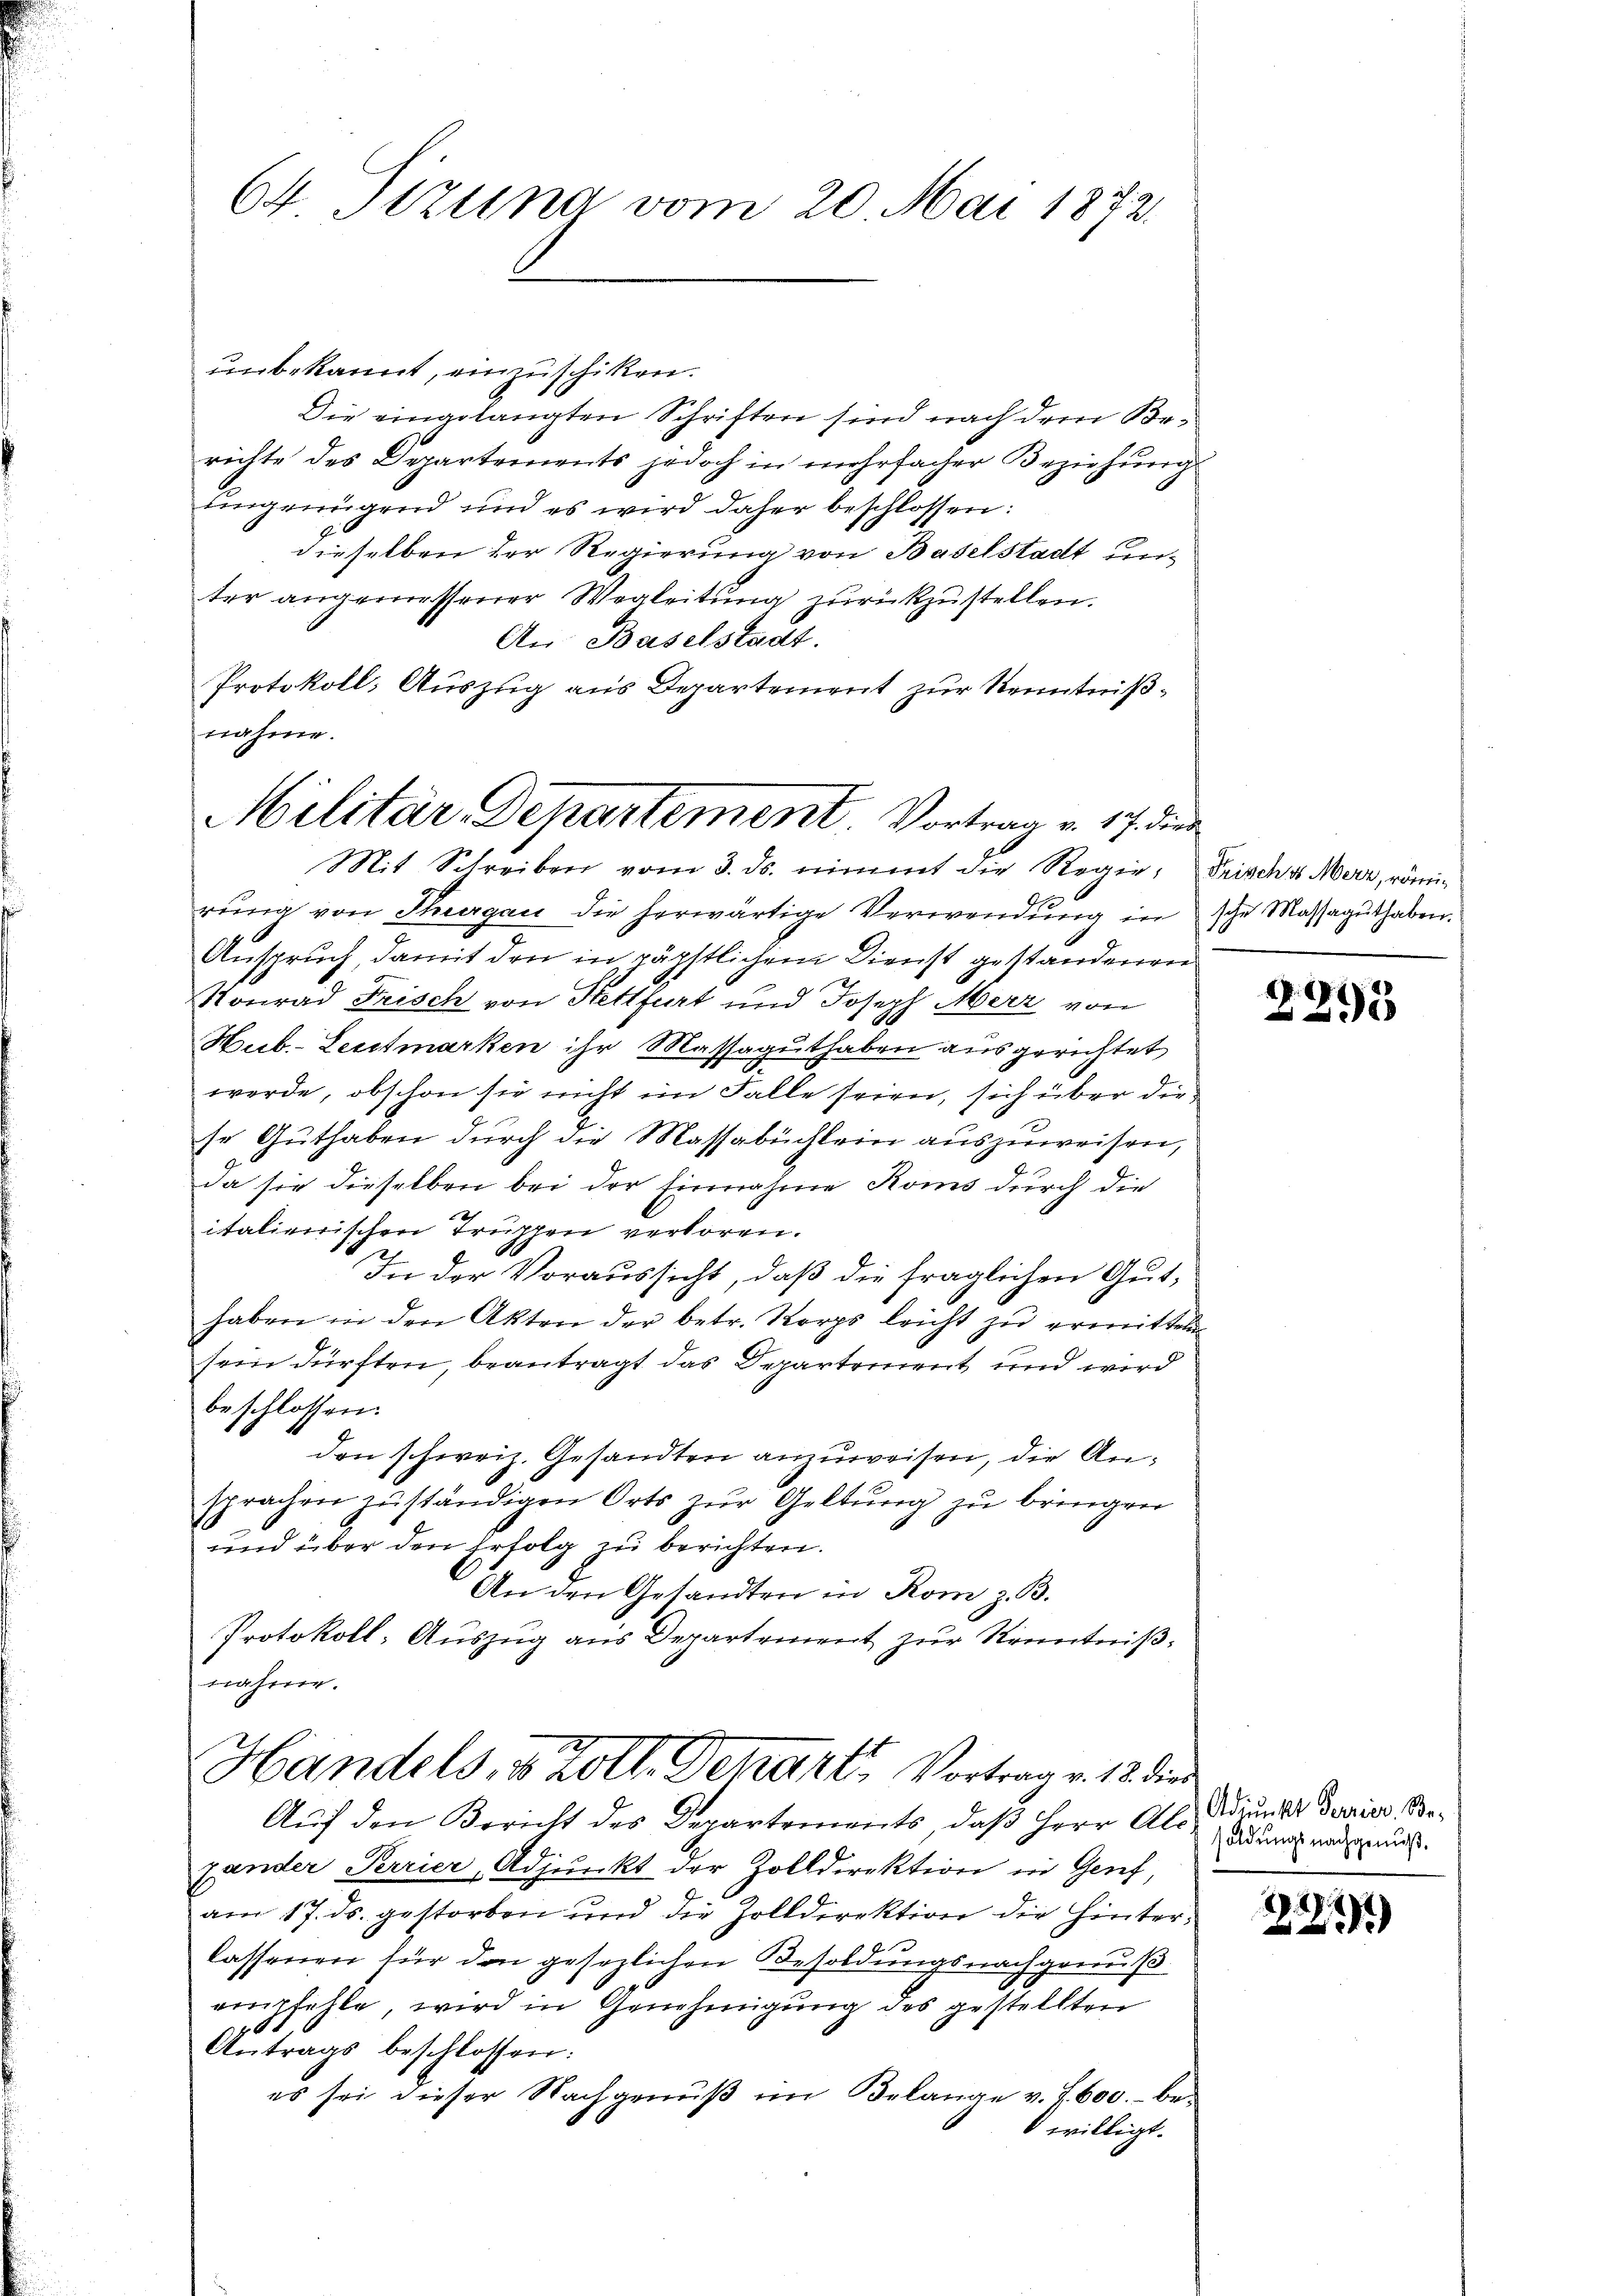
64 Sizung vom 20. Mai 1872.

unbekannt, einzuschiken.
Die eingelangten Schriften sind nach dem Berichte des Departements jedoch in mehrfacher Beziehung
ungenügend und es wird daher beschlossen:
dieselben der Regierung von Baselstadt unter angemessener Wegleitung zurückzustellen.
An Baselstadt.
Protokoll, Auszug aus Departement zur Kenntniß¬
Mit Schreiben vom 3. ds. nimmt die Regie, Frisches Merz, römig
rŭng von Thurgau die herwärtige Verwendŭng in sche Massaguthaben.
Anspruch, damit den in päpstlichem Dienst gestandenen
Ronrad Frisch von Hettfurt und Joseph Merz von
Hub.- Leitmarken ihr Massaguthaben ausgerichtet
werde, obschon sie nicht im Falle seien, sich über die
se Guthaben durch die Massabuchlein auszuweisen,
da sie dieselben bei der Einnahme Roms durch die
italienischen Truppen verloren.
In der Voraussicht, daß die fraglichen Guthaben in den Akten der betr. Korps leicht zŭ ermitteln
sein dürften, beantragt das Departement und wird
beschlossen:
den schweiz. Gesandten anzuweisen, die Ansprachen zŭständigen Orts zŭr Geltung zu bringen
und über den Erfolg zu berichten.
An den Gesandten in Rom z. B.
Protokoll- Auszug aus Departement zur Kenntniß,
nahme.
Handels, v. Zoll. Derart Vortrag v. 18. die
Aŭf den Bericht des Departements, daβ Herr Als Mund Taurios, Begender Terrier, Adjunkt der Zolldirektion in Genf,
am 17. ds. gestorben und die Zolldirektion die Hinter-
lassenen für den gesezlichen Besoldungsnachgenuß
empfehle, wird in Genehmigung des gestellten
Antrags beschlossen:
es sei dieser Nachgenuß im Belange v. J. 600.- be¬
 willigt.

nahme.
Militär-Departement. Vortrag v. 17. dies

2293

soldungs nachgenuß.

.
2